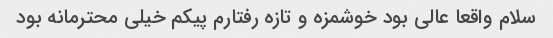
سلام واقعا عالی بود خوشمزه و تازه رفتارم پیکم خیلی محترمانه بود